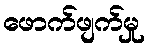
ဖောက်ဖျက်မှု